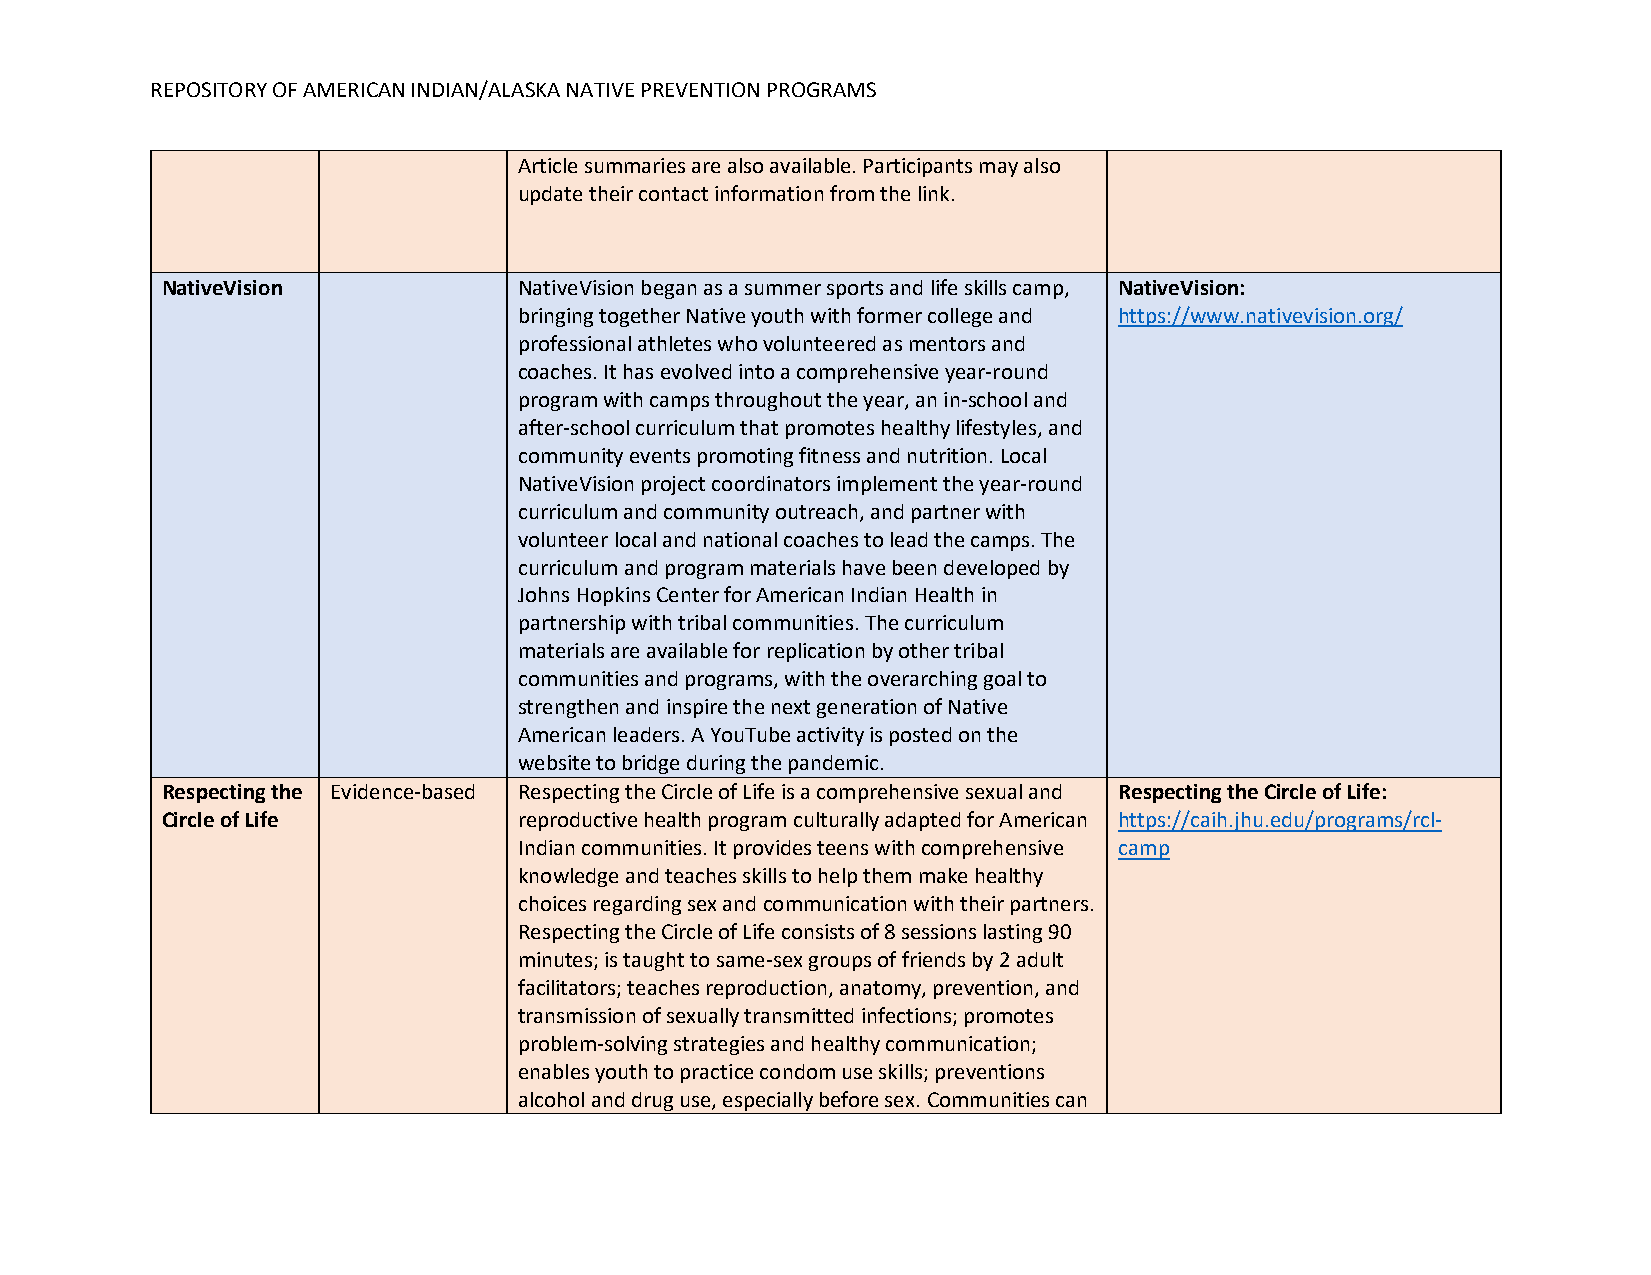
REPOSITORY OF AMERICAN INDIAN/ALASKA NATIVE PREVENTION PROGRAMS
 Article summaries are also available. Participants may also
 update their contact information from the link.
 NativeVision           NativeVision began as a summer sports and life skills camp, NativeVision:
 bringing together Native youth with former college and https://www.nativevision.org/
 professional athletes who volunteered as mentors and
 coaches. It has evolved into a comprehensive year-round
 program with camps throughout the year, an in-school and
 after-school curriculum that promotes healthy lifestyles, and
 community events promoting fitness and nutrition. Local
 NativeVision project coordinators implement the year-round
 curriculum and community outreach, and partner with
 volunteer local and national coaches to lead the camps. The
 curriculum and program materials have been developed by
 Johns Hopkins Center for American Indian Health in
 partnership with tribal communities. The curriculum
 materials are available for replication by other tribal
 communities and programs, with the overarching goal to
 strengthen and inspire the next generation of Native
 American leaders. A YouTube activity is posted on the
 website to bridge during the pandemic.
 Respecting the Evidence-based Respecting the Circle of Life is a comprehensive sexual and Respecting the Circle of Life:
 Circle of Life         reproductive health program culturally adapted for American https://caih.jhu.edu/programs/rcl-
 Indian communities. It provides teens with comprehensive camp
 knowledge and teaches skills to help them make healthy
 choices regarding sex and communication with their partners.
 Respecting the Circle of Life consists of 8 sessions lasting 90
 minutes; is taught to same-sex groups of friends by 2 adult
 facilitators; teaches reproduction, anatomy, prevention, and
 transmission of sexually transmitted infections; promotes
 problem-solving strategies and healthy communication;
 enables youth to practice condom use skills; preventions
 alcohol and drug use, especially before sex. Communities can